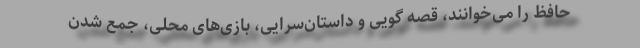
حافظ را می‌خوانند، قصه گویی و داستان­سرایی، بازی‌های محلی، جمع شدن